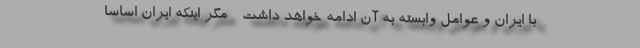
با ایران و عوامل وابسته به آن ادامه خواهد داشت - مگر اینکه ایران اساسا